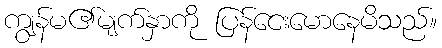
ကျွန်မ၏မျက်နှာကို ပြန်ငေးမောနေမိသည်။